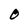
Character: O